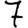
Digit: 7